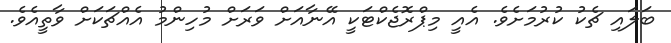
ބަލައި ޗެކު ކުރުމަށެވެ. އެއީ މިޕްރޮޖެކްޓަކީ އޭނާއަށް ވަރަށް މުހިންމު އެއްޗަކަށް ވާތީއެވެ.